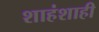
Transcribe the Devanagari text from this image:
शाहंशाही